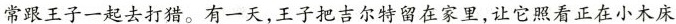
常跟王子一起去打猎。有一天，王子把吉尔特留在家里，让它照看正在小木床